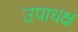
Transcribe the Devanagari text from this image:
उपाधक्ष